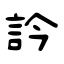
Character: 訡